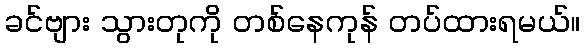
ခင်ဗျား သွားတုကို တစ်နေကုန် တပ်ထားရမယ်။